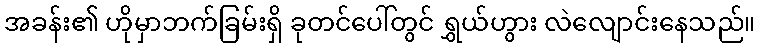
အခန်း၏ ဟိုမှာဘက်ခြမ်းရှိ ခုတင်ပေါ်တွင် ရွှယ်ဟွား လဲလျောင်းနေသည်။